Vaccination in Burma 1920-1933 - 1920-1933
Year: 1920
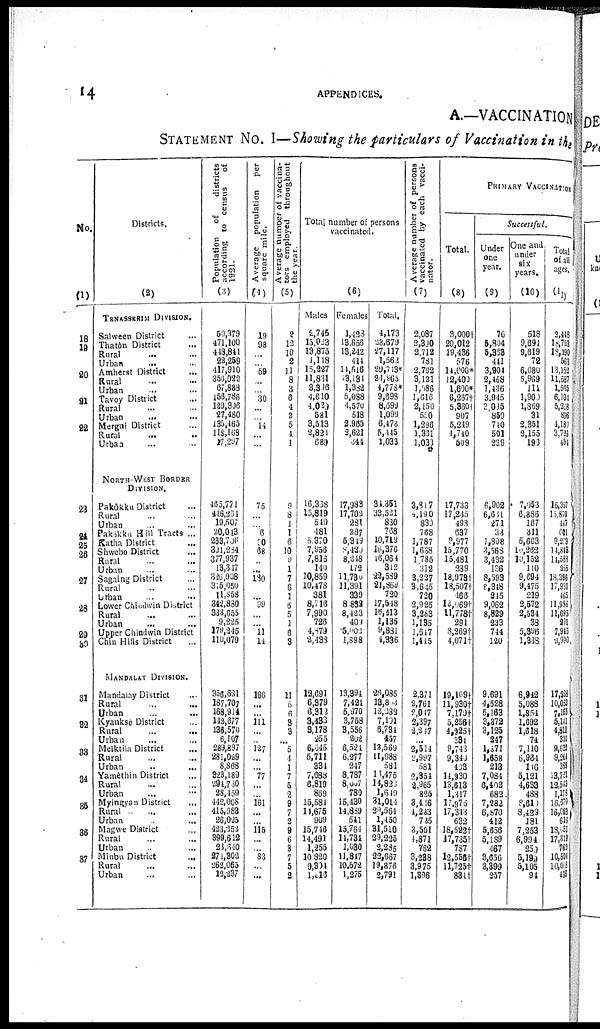
14
APPENDICES.
A.—VACCINATION
STATEMENT No. I—Showing the particulars of Vaccination in the
No
(1)
18
19
20
21
22
23
24
25
26
27
28
29
30
31
32
33
34
35
36
37
Districts.
(2)
TENASSERIM DIVISION.
Salween District ...
Thatôn District ...
Rural ... ...
Urban ... ...
Amherst District ...
Rural ... ...
Urban ... ...
Tavoy District ...
Rural ... ...
Urban ... ...
Mergui District ...
Rural ... ...
Urban ... ...
NORTH WEST BORDER
DIVISION.
Pakôkku District ...
Rural ... ...
Urban ... ...
Pakokku Hill Tracts ...
Katha District ...
Shwebo District ...
Rural ... ...
Urban ... ...
Sagaing District ...
Rural ... ...
Urban ... ...
Lower Chindwin District
Rural ... ...
Urban ... ...
Upper Chindwin District
Chin Hills District ...
MANDALLY DIVISION.
Mandalay District ...
Rural ... ...
Urban
...
...
Kyaukso District ...
Rural ... ...
Urban ... ...
Melktila District ...
Rural ... ...
Urban
..
...
Yamèthin District ...
Rural ... ...
Urban ... ...
Myingyan District ...
Rural ... ...
Urban ... ...
Magwe District ...
Rural ... ...
Urban ... ...
Minbu District
...
Rural ... ...
Urban ... ...
Population of
districts
according to census of
1931.
(3)
50,979
471,100
448,841
22,269
417,910
350,022
67,888
156,786
129,806
27,480
135,465
118,168
17,297
465,771
446,231
19,507
20,013
233,706
301,234
377,937
13,317
326,908
315,050
11,858
342,830
333,655
9,225
179,245
110,079
356,621
187,707
168,914
142,677
136,570
6,107
289,897
281,029
8,868
323,189
294,730
28,459
442,006
415,983
26,025
423,352
399,612
23,610
274,302
262,065
12,237
Average population per
square mile.
(4)
19
98
...
... 59
...
... 30
...
... 14
... ...
75
...
... 6
90
68
...
... 180
...
... 99
...
... 11
14
166
...
...
1ll
...
... 127
...
... 77
...
... 161
...
...
115
...
... 83
...
...
Average number of vaccina-
tors employed throughout
(5)
2
13
10
2
11
8
3
6
4
2
5
4
1
9
8
1
1
6
10
9
1
7
6
1
6
5
1
6
3
11
5
6
3
3
... 5
4
1
7
5
2
9
7
3
9
6
8
7
5
2
Total number of persons
vaccinated.
(6)
Males
2,745
15,023
13,875
1,118
15,227
11,831
3,396
4,610
4,029
581
3,513
2,824
689
16,338
15,819
549
481
5,370
7,956
7,816
140
10,859
10,478
381
8,716
7,990
726
4,879
2,438
12,691
6,379
6,312
3,433
8,178
255
6,045
5,711
334
7,688
6,819
869
15,584
14,675
909
15,716
14,491
1,255
10 820
9,904
1,016
Female
1,423
13,656
13,242
414
11,516
3,131
l,382
5,088
4,570
518
2,965
2,621
344
17,983
17,702
281
287
5,349
8,430
8,248
172
11,730
11,391
339
8,832
8,423
409
5,002
1,398
13,394
7,421
5,970
3,758
3,556
202
6,524
6,277
247
8,787
8,007
780
15,430
14,889
541
15,764
14,731
1,030
11,817
10,572
1,275
Total.
4,173
38,679
27,117
1,562
27,713*
24,965
4,778*
9,698
8,599
1,099
6,178
5,445
1,033
34,351
33,521
830
768
10,719
16,376
16,064
312
22,589
21,869
720
17,548
16,413
1,135
9,831
4,336
26,085
13,803
12,383
7,191
6,734
457
12,569
11,988
581
13,475
14,825
1,649
31,014
39,564
1,450
31,510
29,225
2,235
22,667
19,876
2,791
Average number of persons
vaccinated by each vacci-
nator.
(7)
2,087
2,330
2,712
781
2,702
3,121
1,586
1,616
2,150
550
1,296
1,331
1,033
3,817
4,190
830
768
1,787
1,638
1,785
312
3,227
3,645
720
2,925
3,283
1,135
1,647
1,445
2,371
2,761
2,047
2,397
2,247
...
2,514
2,997
581
2,854
2,965
825
3,416
4,223
735
3,501
4,871
752
3,288
3,975
1,396
PRIMARY VACCINATION
Total.
(8)
3,000†
20,012
19,436
576
11,000*
12,400
1,600*
6,267†
5,360†
907
5,249
4,710
509
17,733
17,235
493
637
9,977
15,770
15,481
239
18,979†
18,507†
466
12,969†
11,778†
291
8,269†
4,071†
19,109†
11,930†
7,179†
5,256†
4,925†
381
9,743
9,340
493
14,930
13,613
1,817
17,975
17,343
632
18,522†
17,735†
787
l2,556†
11,725†
831†
Successful.
Under
one
year.
(9)
76
5,804
5,963
411
3,904
2,468
1,436
3,945
3,035
850
740
501
239
6,902
6,681
271
33
1,808
3,563
3,432
136
8,593
8,3l8
245
9,062
8,829
233
744
120
9,691
4,528
5,163
3,372
3,126
247
l,871
1,658
213
7,084
6,402
682
7,282
6,870
412
5,656
5,189
467
3,656
3,399
257
One and
under
six
years.
(10)
518
9,691
9,619
72
6,080
5,969
111
1,900
1,869
31
2,351
2,155
193
7,053
6,886
167
311
5,663
11,262
10,152
110
9,694
9,475
219
2,572
2,534
38
5,396
1,838
6,942
5,088
1,854
1,692
1,618
74
7,110
6,964
116
5,121
4,633
488
8,610
8,429
181
7,253
6,994
259
5,199
5,105
94
Total
of all
ages.
(11)
2,448
l8,733
18,190
563
13,158
11,597
1,565
6,101
5,218
896
1,181
3,736
454
16,357
15,870
487
601
9,373
14,843
11,588
255
18,396
17,931
465
11,986
11,695
291
7,945
2,990
17,238
10,083
7,155
5,141
4,811
334
9,633
9,244
388
13,721
12,543
1,173
16,679
16,063
616
18,181
17,319
763
10,504
l0,068
435